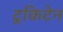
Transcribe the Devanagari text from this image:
ट्रकिटेन